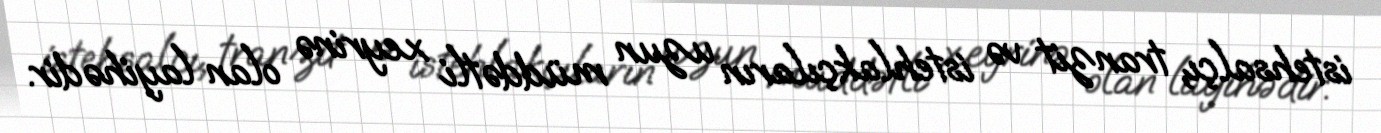
istehsalçı, tranzit və istehlakçıların uzun müddətli xeyrinə olan layihədir.